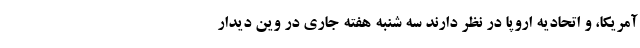
آمریکا، و اتحادیه اروپا در نظر دارند سه شنبه هفته جاری در وین دیدار